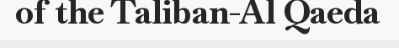
of the Taliban-Al Qaeda